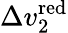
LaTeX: \Delta v_{2}^{\mathrm{red}}